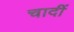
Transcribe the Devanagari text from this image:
चादीं